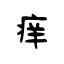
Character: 痒